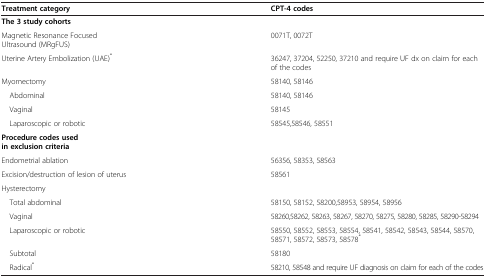
| Treatment category |  | CPT-4 codes |
 | --- | --- | --- |
 | The 3 study cohorts |  |  |
 | Magnetic Resonance Focused Ultrasound (MRgFUS) |  | 0071T, 0072T |
 | Uterine Artery Embolization (UAE)* |  | 36247, 37204, 52250, 37210 and require UF dx on claim for each of the codes |
 | Myomectomy |  | 58140, 58146 |
 | Abdominal |  | 58140, 58146 |
 | Vaginal |  | 58145 |
 | Laparoscopic or robotic |  | 58545,58546, 58551 |
 | Procedure codes used in exclusion criteria |  |  |
 | Endometrial ablation |  | 56356, 58353, 58563 |
 | Excision/destruction of lesion of uterus |  | 58561 |
 | Hysterectomy |  |  |
 | Total abdominal |  | 58150, 58152, 58200,58953, 58954, 58956 |
 | Vaginal |  | 58260,58262, 58263, 58267, 58270, 58275, 58280, 58285, 58290-58294 |
 | Laparoscopic or robotic |  | 58550, 58552, 58553, 58554, 58541, 58542, 58543, 58544, 58570, 58571, 58572, 58573, 58578* |
 | Subtotal |  | 58180 |
 | Radical* |  | 58210, 58548 and require UF diagnosis on claim for each of the codes |